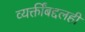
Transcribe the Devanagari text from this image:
व्यक्तींबद्दलही